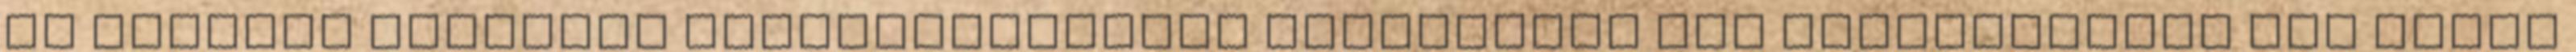
az egyenlő bánásmód követelményének megsértése egy felmondásnál két okból